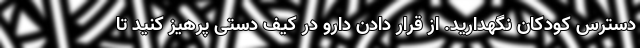
دسترس کودکان نگهدارید. از قرار دادن دارو در کیف دستی پرهیز کنید تا